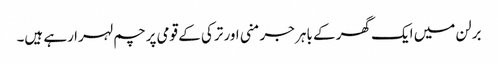
برلن میں ایک گھر کے باہر جرمنی اور ترکی کے قومی پرچم لہرا رہے ہیں۔